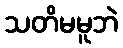
သတိမမူဘဲ